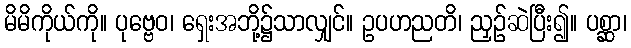
မိမိကိုယ်ကို။ ပုဗ္ဗေဝ၊ ရှေးအဘို့၌သာလျှင်။ ဥပဟညတိ၊ ညှဉ်ဆဲပြီး၍။ ပစ္ဆာ၊